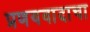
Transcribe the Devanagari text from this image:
प्रणयवादाचा